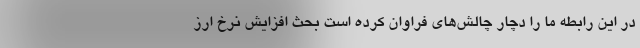
در این رابطه ما را دچار چالش‌های فراوان کرده است بحث افزایش نرخ ارز